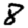
Digit: 8